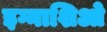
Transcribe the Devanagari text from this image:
इग्नाशिओ